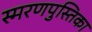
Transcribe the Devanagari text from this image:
स्मरणपुस्तिका